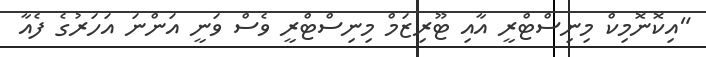
"އިކޮނޮމިކް މިނިސްޓްރީ އާއި ޓޫރިޒަމް މިނިސްޓްރީ ވެސް ވަނީ އަންނަ އަހަރުގެ ފެއާ